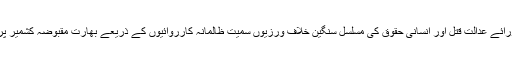
ترجمان نے کہاکہ فوجی کارروائیوں، ماورائے عدالت قتل اور انسانی حقوق کی مسلسل سنگین خلاف ورزیوں سمیت ظالمانہ کارروائیوں کے ذریعے بھارت مقبوضہ کشمیر پر اپناغیرقانونی تسلط جاری رکھناچاہتاہے۔